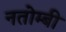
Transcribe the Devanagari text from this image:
नतोम्बी